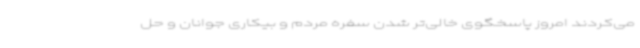
می‌کردند امروز پاسخگوی خالی‌تر شدن سفره مردم و بیکاری جوانان و حل